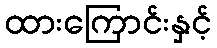
ထားကြောင်းနှင့်